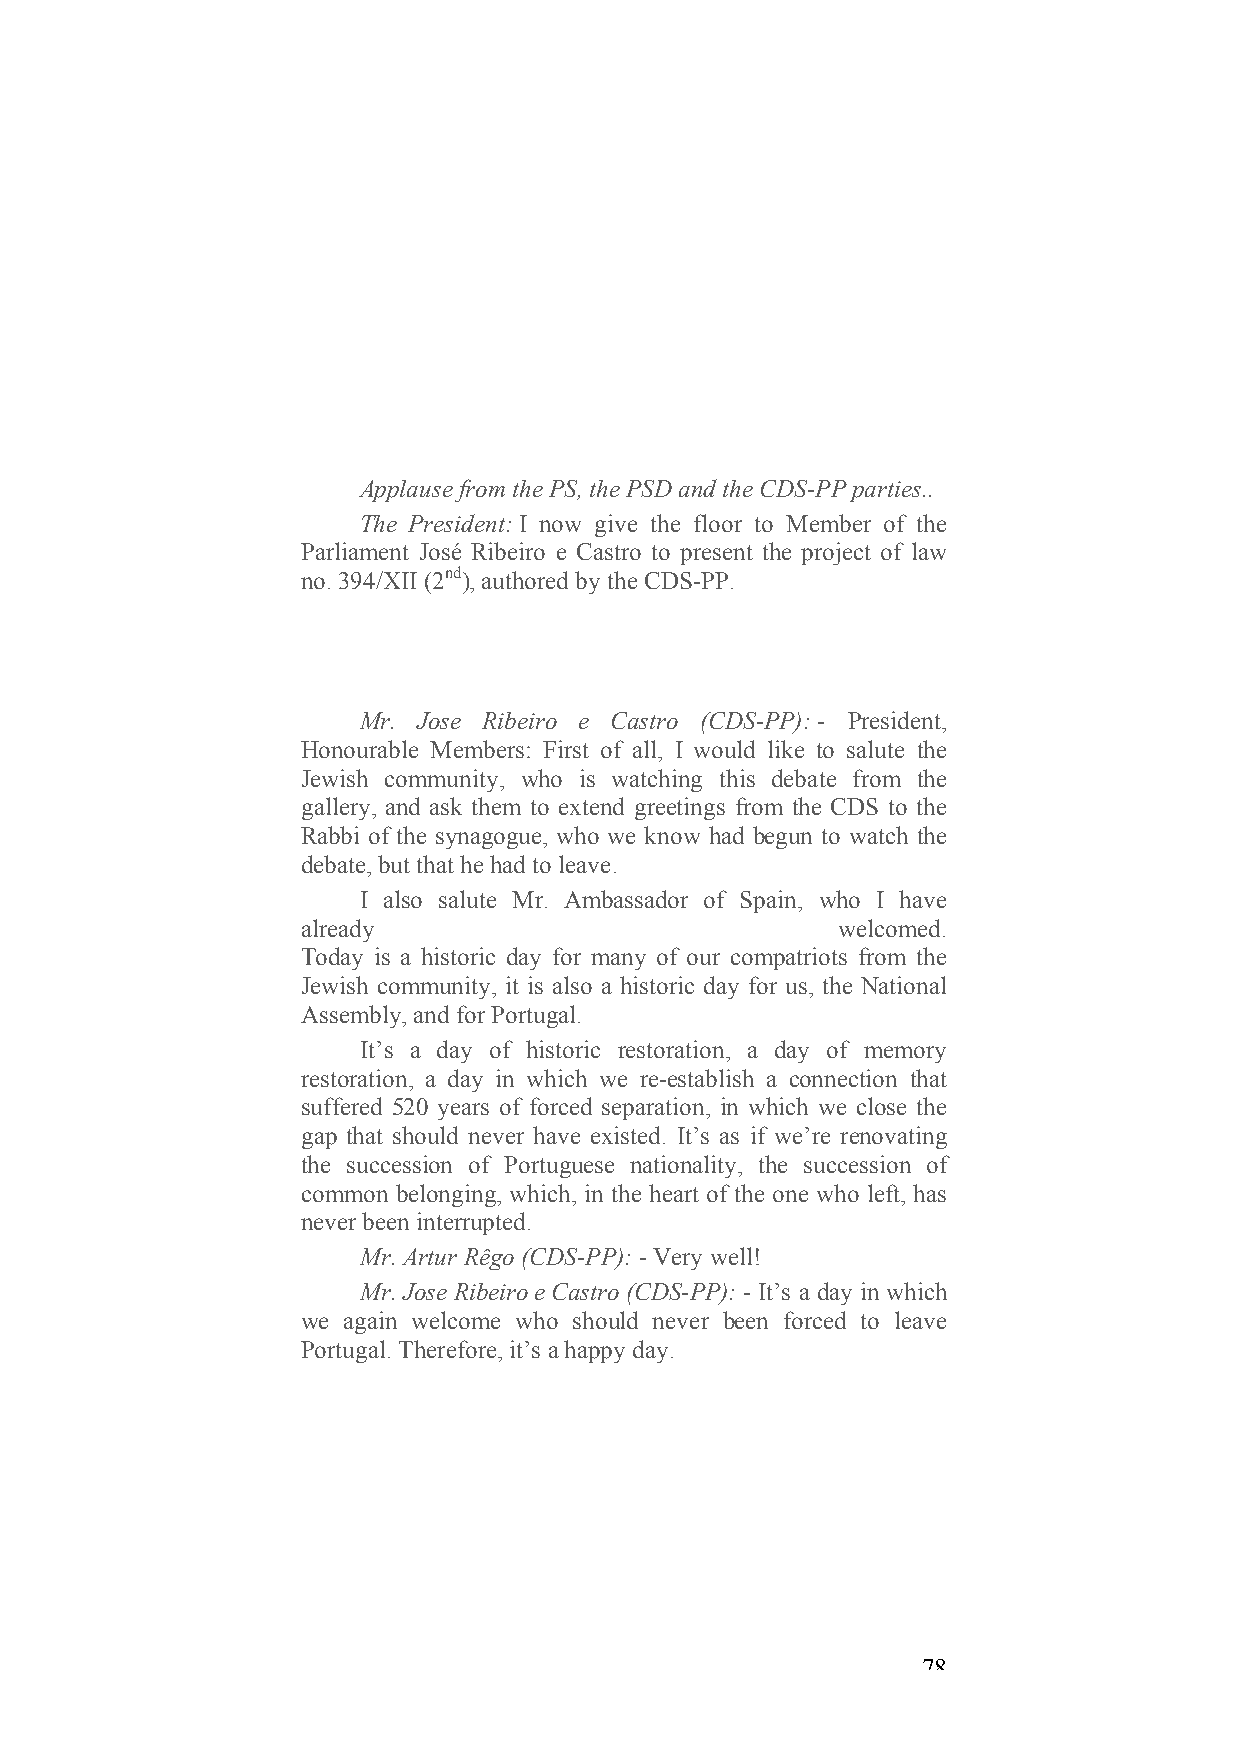
Applause from the PS, the PSD and the CDS-PP parties..
 The President: I now give the floor to Member of the
 Parliament José Ribeiro e Castro to present the project of law
 no. 394/XII (2nd), authored by the CDS-PP.
 Mr. Jose Ribeiro e Castro (CDS-PP): - President,
 Honourable Members: First of all, I would like to salute the
 Jewish community, who is watching this debate from the
 gallery, and ask them to extend greetings from the CDS to the
 Rabbi of the synagogue, who we know had begun to watch the
 debate, but that he had to leave.
 I also salute Mr. Ambassador of Spain, who I have
 already                            welcomed.
 Today is a historic day for many of our compatriots from the
 Jewish community, it is also a historic day for us, the National
 Assembly, and for Portugal.
 It’s a day of historic restoration, a day of memory
 restoration, a day in which we re-establish a connection that
 suffered 520 years of forced separation, in which we close the
 gap that should never have existed. It’s as if we’re renovating
 the succession of Portuguese nationality, the succession of
 common belonging, which, in the heart of the one who left, has
 never been interrupted.
 Mr. Artur Rêgo (CDS-PP): - Very well!
 Mr. Jose Ribeiro e Castro (CDS-PP): - It’s a day in which
 we again welcome who should never been forced to leave
 Portugal. Therefore, it’s a happy day.
 78